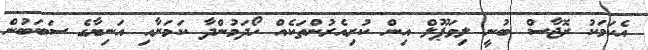
އެކަމަކު ރޮޖާސް ބުނީ ލިވަޕޫލް އިން ކުރިއެރުންތަކެއް ހޯދަމުންދާ ކަމަށާއި އަނިޔާގެ ސަބަބުން